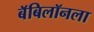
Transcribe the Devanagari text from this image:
बॅबिलॉनला